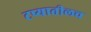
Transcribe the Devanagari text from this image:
टप्यातीलच